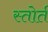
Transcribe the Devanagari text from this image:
स्तोर्त